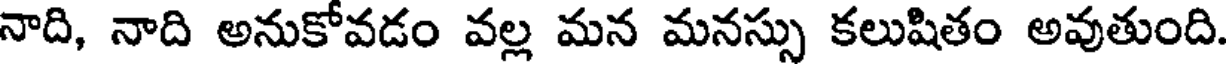
నాది, నాది అనుకోవడం వల్ల మన మనస్సు కలుషితం అవుతుంది.